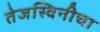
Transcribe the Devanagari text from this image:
तेजस्विनीचा